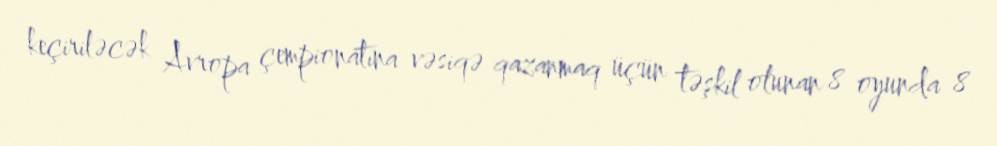
keçiriləcək Avropa çempionatına vəsiqə qazanmaq üçün təşkil olunan 8 oyunda 8